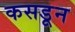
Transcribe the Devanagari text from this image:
कसडून